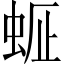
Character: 𧋇